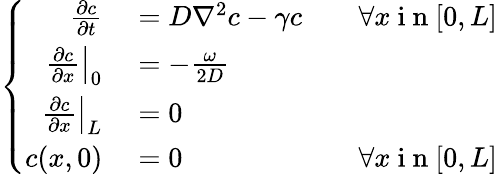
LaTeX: \left\{ \begin{array}{rlr}{\frac{\partial c}{\partial t}}&{{}=D\nabla^{2}c-\gamma c}&{\quad\forall x\mathrm{~i~n~}[0,L]}\\ {\left.\frac{\partial c}{\partial x}\right|_{0}}&{{}=-\frac{\omega}{2D}}\\ {\left.\frac{\partial c}{\partial x}\right|_{L}}&{{}=0}\\ {c(x,0)}&{{}=0}&{\forall x\mathrm{~i~n~}[0,L]}\end{array}\right.